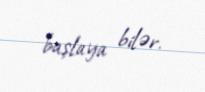
başlaya bilər.